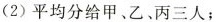
（2）平均分给甲、乙、丙三人；